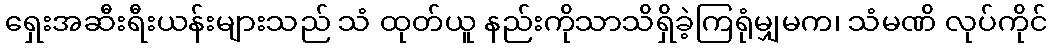
ရှေးအဆီးရီးယန်းများသည် သံ ထုတ်ယူ နည်းကိုသာသိရှိခဲ့ကြရုံမျှမက၊ သံမဏိ လုပ်ကိုင်